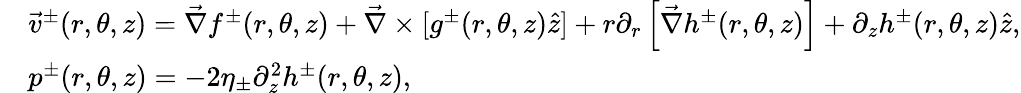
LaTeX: \begin{array}{rl}&{\vec{v}^{\pm}(r,\theta,z)=\vec{\nabla}f^{\pm}(r,\theta,z)+\vec{\nabla}\times[g^{\pm}(r,\theta,z)\hat{z}]+r\partial_{r}\left[\vec{\nabla}h^{\pm}(r,\theta,z)\right]+\partial_{z}h^{\pm}(r,\theta,z)\hat{z},}\\ &{p^{\pm}(r,\theta,z)=-2\eta_{\pm}\partial_{z}^{2}h^{\pm}(r,\theta,z),}\end{array}